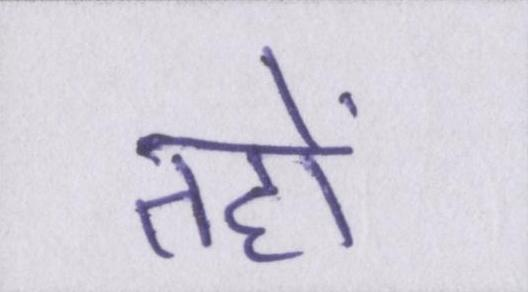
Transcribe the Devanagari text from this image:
तहों